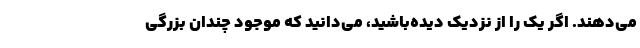
می‌دهند. اگر یک را از نزدیک دیده‌باشید، می‌دانید که موجود چندان بزرگی